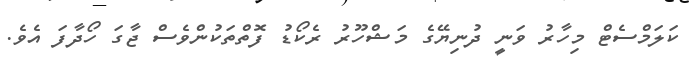
ކަލަމްސެޓް މިހާރު ވަނީ ދުނިޔޭގެ މަޝްހޫރު ރެކޯޑު ފޮތްތަކުންވެސް ޖާގަ ހޯދާފަ އެވެ.